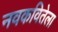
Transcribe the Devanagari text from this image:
नवकवितेला